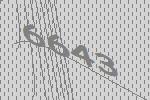
6643